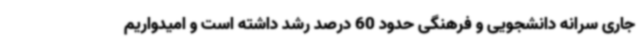
جاری سرانه دانشجویی و فرهنگی حدود 60 درصد رشد داشته است و امیدواریم